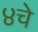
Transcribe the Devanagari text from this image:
४चे